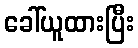
ခေါ်ယူထားပြီး